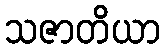
သဇာတိယာ